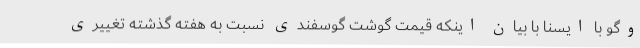
وگو با ایسنا با بیان اینکه قیمت گوشت گوسفندی نسبت به هفته گذشته تغییری